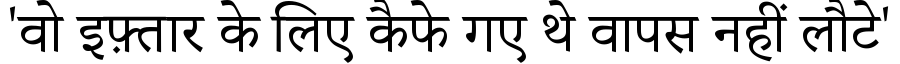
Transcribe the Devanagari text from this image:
'वो इफ़्तार के लिए कैफे गए थे वापस नहीं लौटे'